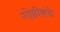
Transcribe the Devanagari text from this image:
गोष्ठीकडे